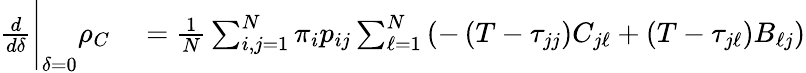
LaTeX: \begin{array}{rl}{\frac{d}{d\delta}\Bigg\vert_{\delta=0}\rho_{C}}&{{}=\frac{1}{N}\sum_{i,j=1}^{N}\pi_{i}p_{ij}\sum_{\ell=1}^{N}\left(-\left(T-\tau_{jj}\right)C_{j\ell}+\left(T-\tau_{j\ell}\right)B_{\ell j}\right)}\end{array}